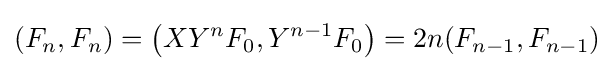
(F_{n},F_{n})=\left(XY^{n}F_{0},Y^{n-1}F_{0}\right)=2n(F_{n-1},F_{n-1})